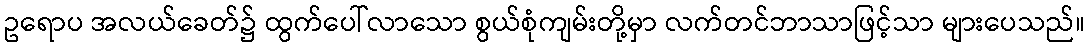
ဥရောပ အလယ်ခေတ်၌ ထွက်ပေါ်လာသော စွယ်စုံကျမ်းတို့မှာ လက်တင်ဘာသာဖြင့်သာ များပေသည်။